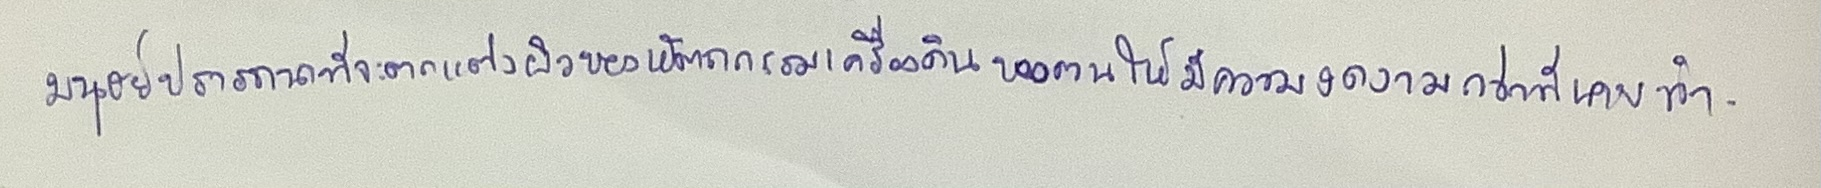
มนุษย์ปรารถนาที่จะตกแต่งผิวของหัตถกรรมเครื่องดินของตนให้มีความงดงามกว่าที่เคยทำ